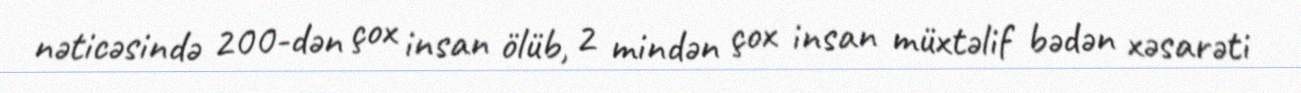
nəticəsində 200-dən çox insan ölüb, 2 mindən çox insan müxtəlif bədən xəsarəti